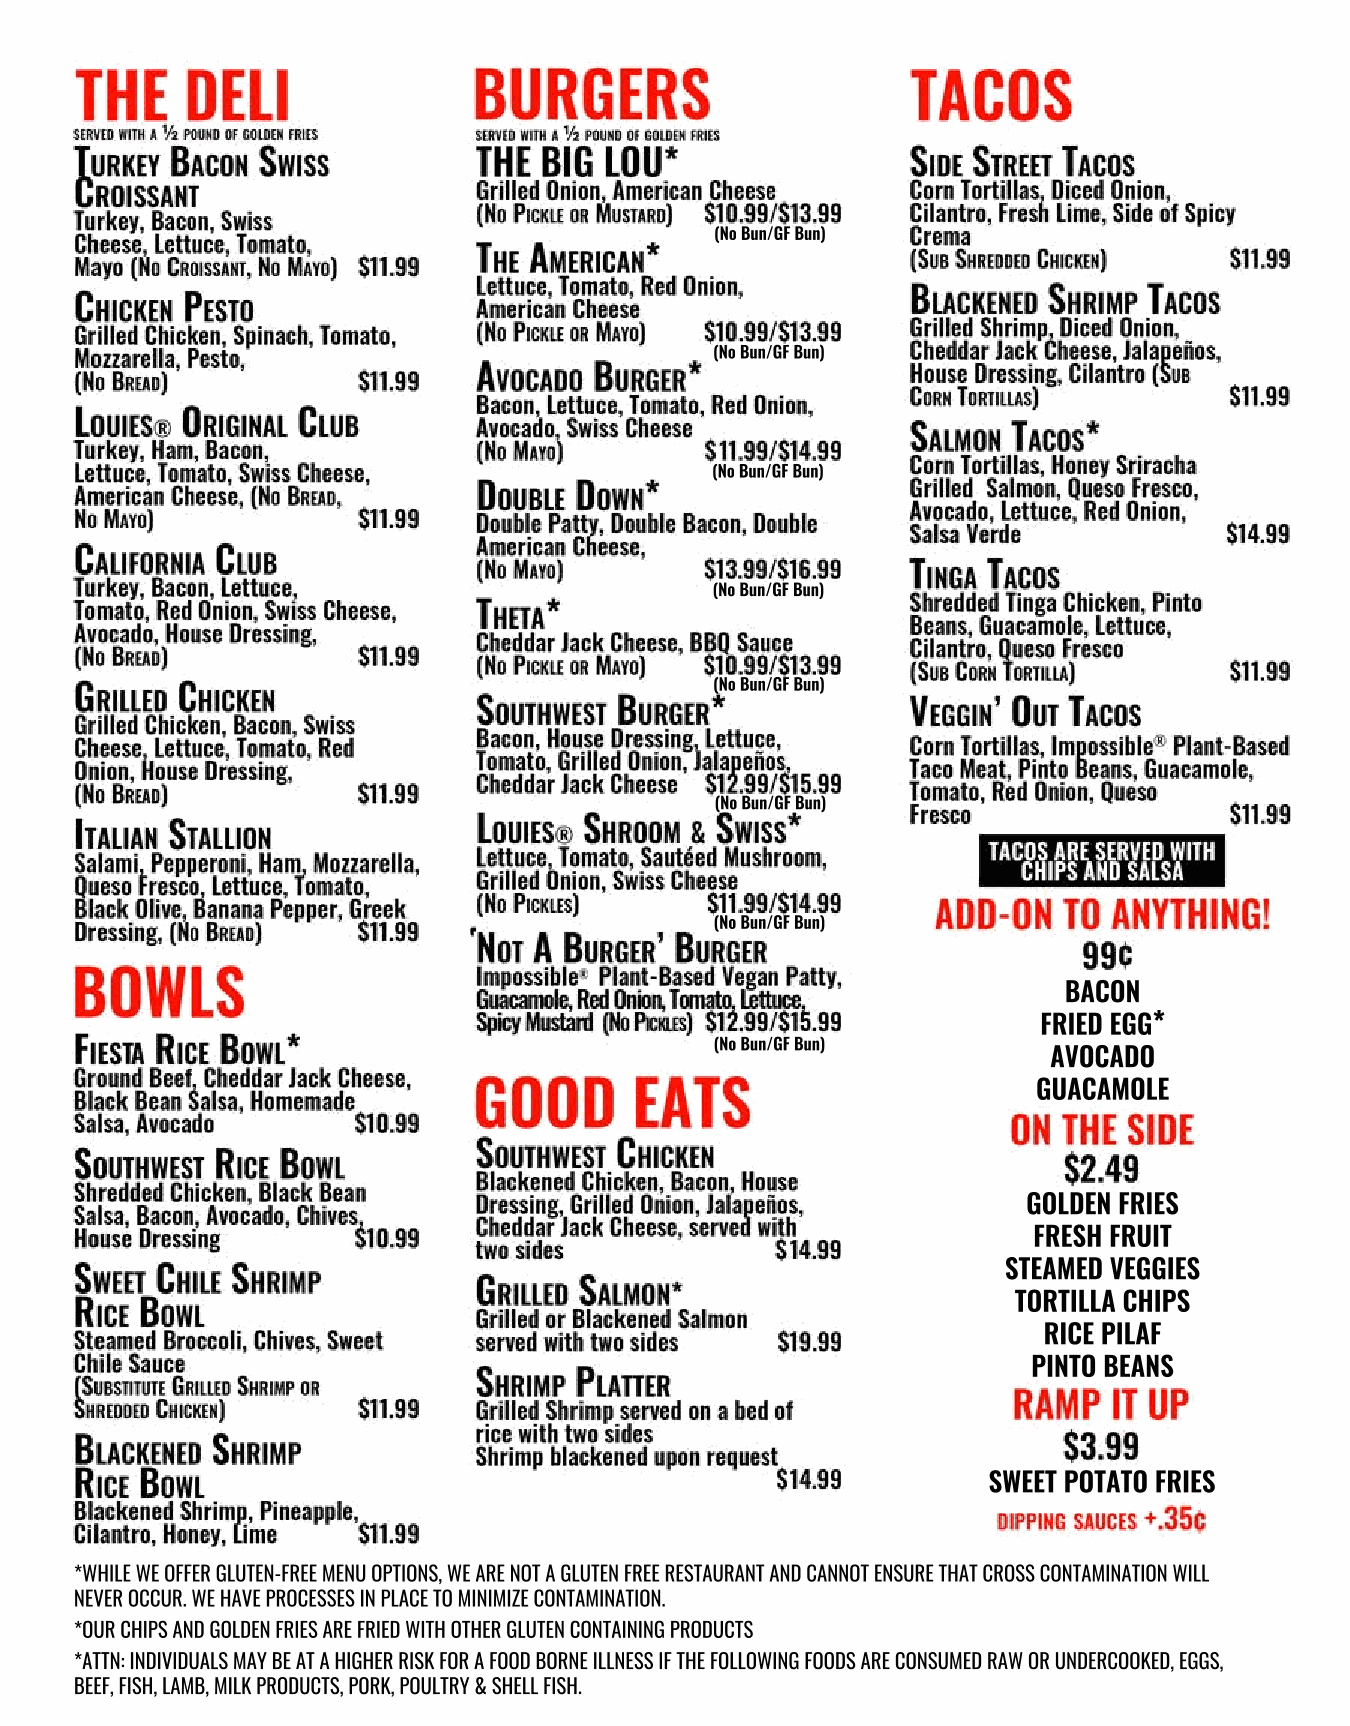
(No Bun/GF Bun)
 (No Bun/GF Bun)
 (No Bun/GF Bun)
 (No Bun/GF Bun)
 (No Bun/GF Bun)
 (No Bun/GF Bun)
 (No Bun/GF Bun)
 BACON
 FRIED EGG*
 (No Bun/GF Bun)
 AVOCADO
 GUACAMOLE
 GOLDEN FRIES
 FRESH FRUIT
 STEAMED VEGGIES
 TORTILLA CHIPS
 RICE PILAF
 PINTO BEANS
 SWEET POTATO FRIES
 *WHILE WE OFFER GLUTEN-FREE MENU OPTIONS, WE ARE NOT A GLUTEN FREE RESTAURANT AND CANNOT ENSURE THAT CROSS CONTAMINATION WILL
 NEVER OCCUR. WE HAVE PROCESSES IN PLACE TO MINIMIZE CONTAMINATION.
 *OUR CHIPS AND GOLDEN FRIES ARE FRIED WITH OTHER GLUTEN CONTAINING PRODUCTS
 *ATTN: INDIVIDUALS MAY BE AT A HIGHER RISK FOR A FOOD BORNE ILLNESS IF THE FOLLOWING FOODS ARE CONSUMED RAW OR UNDERCOOKED, EGGS,
 BEEF, FISH, LAMB, MILK PRODUCTS, PORK, POULTRY & SHELL FISH.